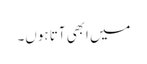
میں ابھی آتا ہوں۔